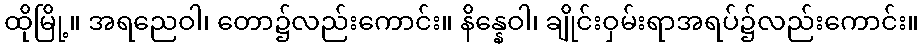
ထိုမြို့။ အရညေဝါ၊ တော၌လည်းကောင်း။ နိန္နေဝါ၊ ချိုင်းဝှမ်းရာအရပ်၌လည်းကောင်း။